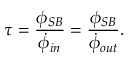
\tau = \frac { \phi _ { S B } } { \dot { \phi } _ { i n } } = \frac { \phi _ { S B } } { \dot { \phi } _ { o u t } } .